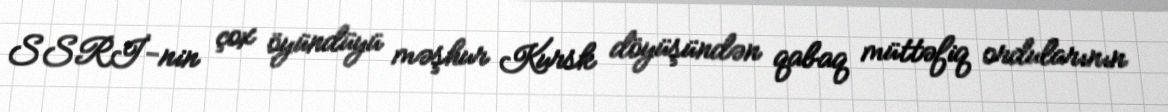
SSRİ-nin çox öyündüyü məşhur Kursk döyüşündən qabaq müttəfiq ordularının